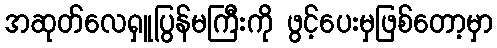
အဆုတ်လေရှူပြွန်မကြီးကို ဖွင့်ပေးမှဖြစ်တော့မှာ